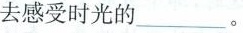
去感受时光的___。